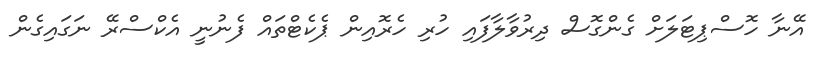
އޭނާ ހޮސްޕިޓަލަށް ގެންގޮސް ދިރުވާލާފައި ހުރި ހެރޮއިން ޕެކެޓްތައް ފެނުނީ އެކްސްރޭ ނަގައިގެން